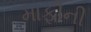
માફીની